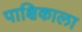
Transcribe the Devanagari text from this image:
पाक्षिकाला